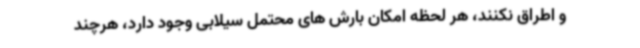
و اطراق نکنند، هر لحظه امکان بارش های محتمل سیلابی وجود دارد، هرچند